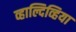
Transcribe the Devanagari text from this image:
व्हाल्दिव्हिया